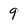
Character: 9